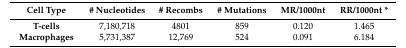
<table><thead><tr><td><b>Cell Type</b></td><td><b># Nucleotides</b></td><td><b># Recombs</b></td><td><b># Mutations</b></td><td><b>MR/1000nt</b></td><td><b>RR/1000nt *</b></td></tr></thead><tbody><tr><td><b>T-cells</b></td><td>7,180,718</td><td>4801</td><td>859</td><td>0.120</td><td>1.465</td></tr><tr><td><b>Macrophages</b></td><td>5,731,387</td><td>12,769</td><td>524</td><td>0.091</td><td>6.184</td></tr></tbody></table>